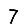
Digit: 7